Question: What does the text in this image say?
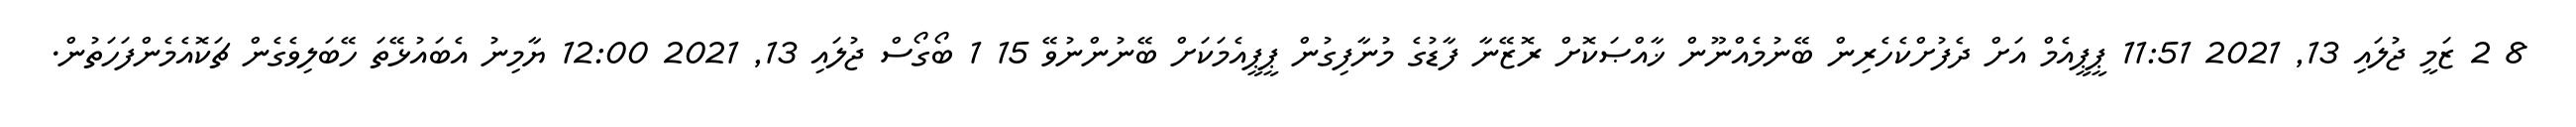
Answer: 8 2 ޒަމީ ޖުލައި 13, 2021 11:51 ޕީޕީއެމް އަށް ދެފުށްކެހެރިން ބޭނުމެއްނޫން ޚާއްޞަކޮށް ރޮޒޭނާ ފާޑުގެ މުނާފިގުން ޕީޕީއެމަކަށް ބޭނުންނުވޭ 15 1 ބޯގޯސް ޖުލައި 13, 2021 12:00 ޔާމިނު އެބައުޅޭތަ ހޭބަލިވެގެން ޗަކޮއެމެންފަހަތުން.